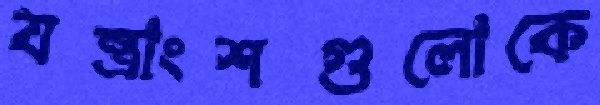
যন্ত্রাংশগুলোকে